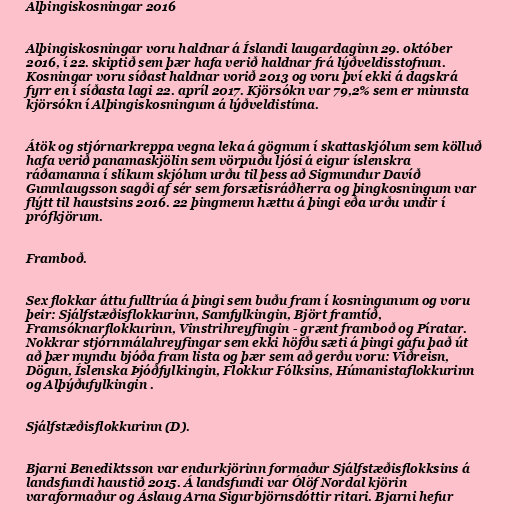
Alþingiskosningar 2016

Alþingiskosningar voru haldnar á Íslandi laugardaginn 29. október
2016, í 22. skiptið sem þær hafa verið haldnar frá lýðveldisstofnun.
Kosningar voru síðast haldnar vorið 2013 og voru því ekki á dagskrá
fyrr en í síðasta lagi 22. apríl 2017. Kjörsókn var 79,2% sem er minnsta
kjörsókn í Alþingiskosningum á lýðveldistíma.

Átök og stjórnarkreppa vegna leka á gögnum í skattaskjólum sem kölluð
hafa verið panamaskjölin sem vörpuðu ljósi á eigur íslenskra
ráðamanna í slíkum skjólum urðu til þess að Sigmundur Davíð
Gunnlaugsson sagði af sér sem forsætisráðherra og þingkosningum var
flýtt til haustsins 2016. 22 þingmenn hættu á þingi eða urðu undir í
prófkjörum.

Framboð.

Sex flokkar áttu fulltrúa á þingi sem buðu fram í kosningunum og voru
þeir: Sjálfstæðisflokkurinn, Samfylkingin, Björt framtíð,
Framsóknarflokkurinn, Vinstrihreyfingin - grænt framboð og Píratar.
Nokkrar stjórnmálahreyfingar sem ekki höfðu sæti á þingi gáfu það út
að þær myndu bjóða fram lista og þær sem að gerðu voru: Viðreisn,
Dögun, Íslenska Þjóðfylkingin, Flokkur Fólksins, Húmanistaflokkurinn
og Alþýðufylkingin .

Sjálfstæðisflokkurinn (D).

Bjarni Benediktsson var endurkjörinn formaður Sjálfstæðisflokksins á
landsfundi haustið 2015. Á landsfundi var Ólöf Nordal kjörin
varaformaður og Áslaug Arna Sigurbjörnsdóttir ritari. Bjarni hefur